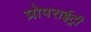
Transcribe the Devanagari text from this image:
प्रोपराईट्री